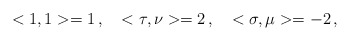
\begin{align*}<1,1>=1\,, \ \ \ <\tau ,\nu >=2\,, \ \ \ <\sigma ,\mu >=-2\,,\end{align*}